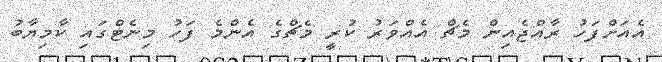
އެއަށްފަހު ރާއްޖެއިން މެޗް އެއްވަރު ކުރީ މެޗްގެ އެންމެ ފަހު މިނެޓްގައި ކާމިޔާބު